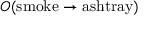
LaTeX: O ( \mathrm { s m o k e } \rightarrow \mathrm { a s h t r a y } )